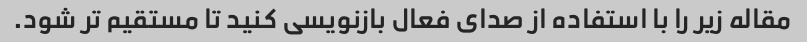
مقاله زیر را با استفاده از صدای فعال بازنویسی کنید تا مستقیم تر شود.